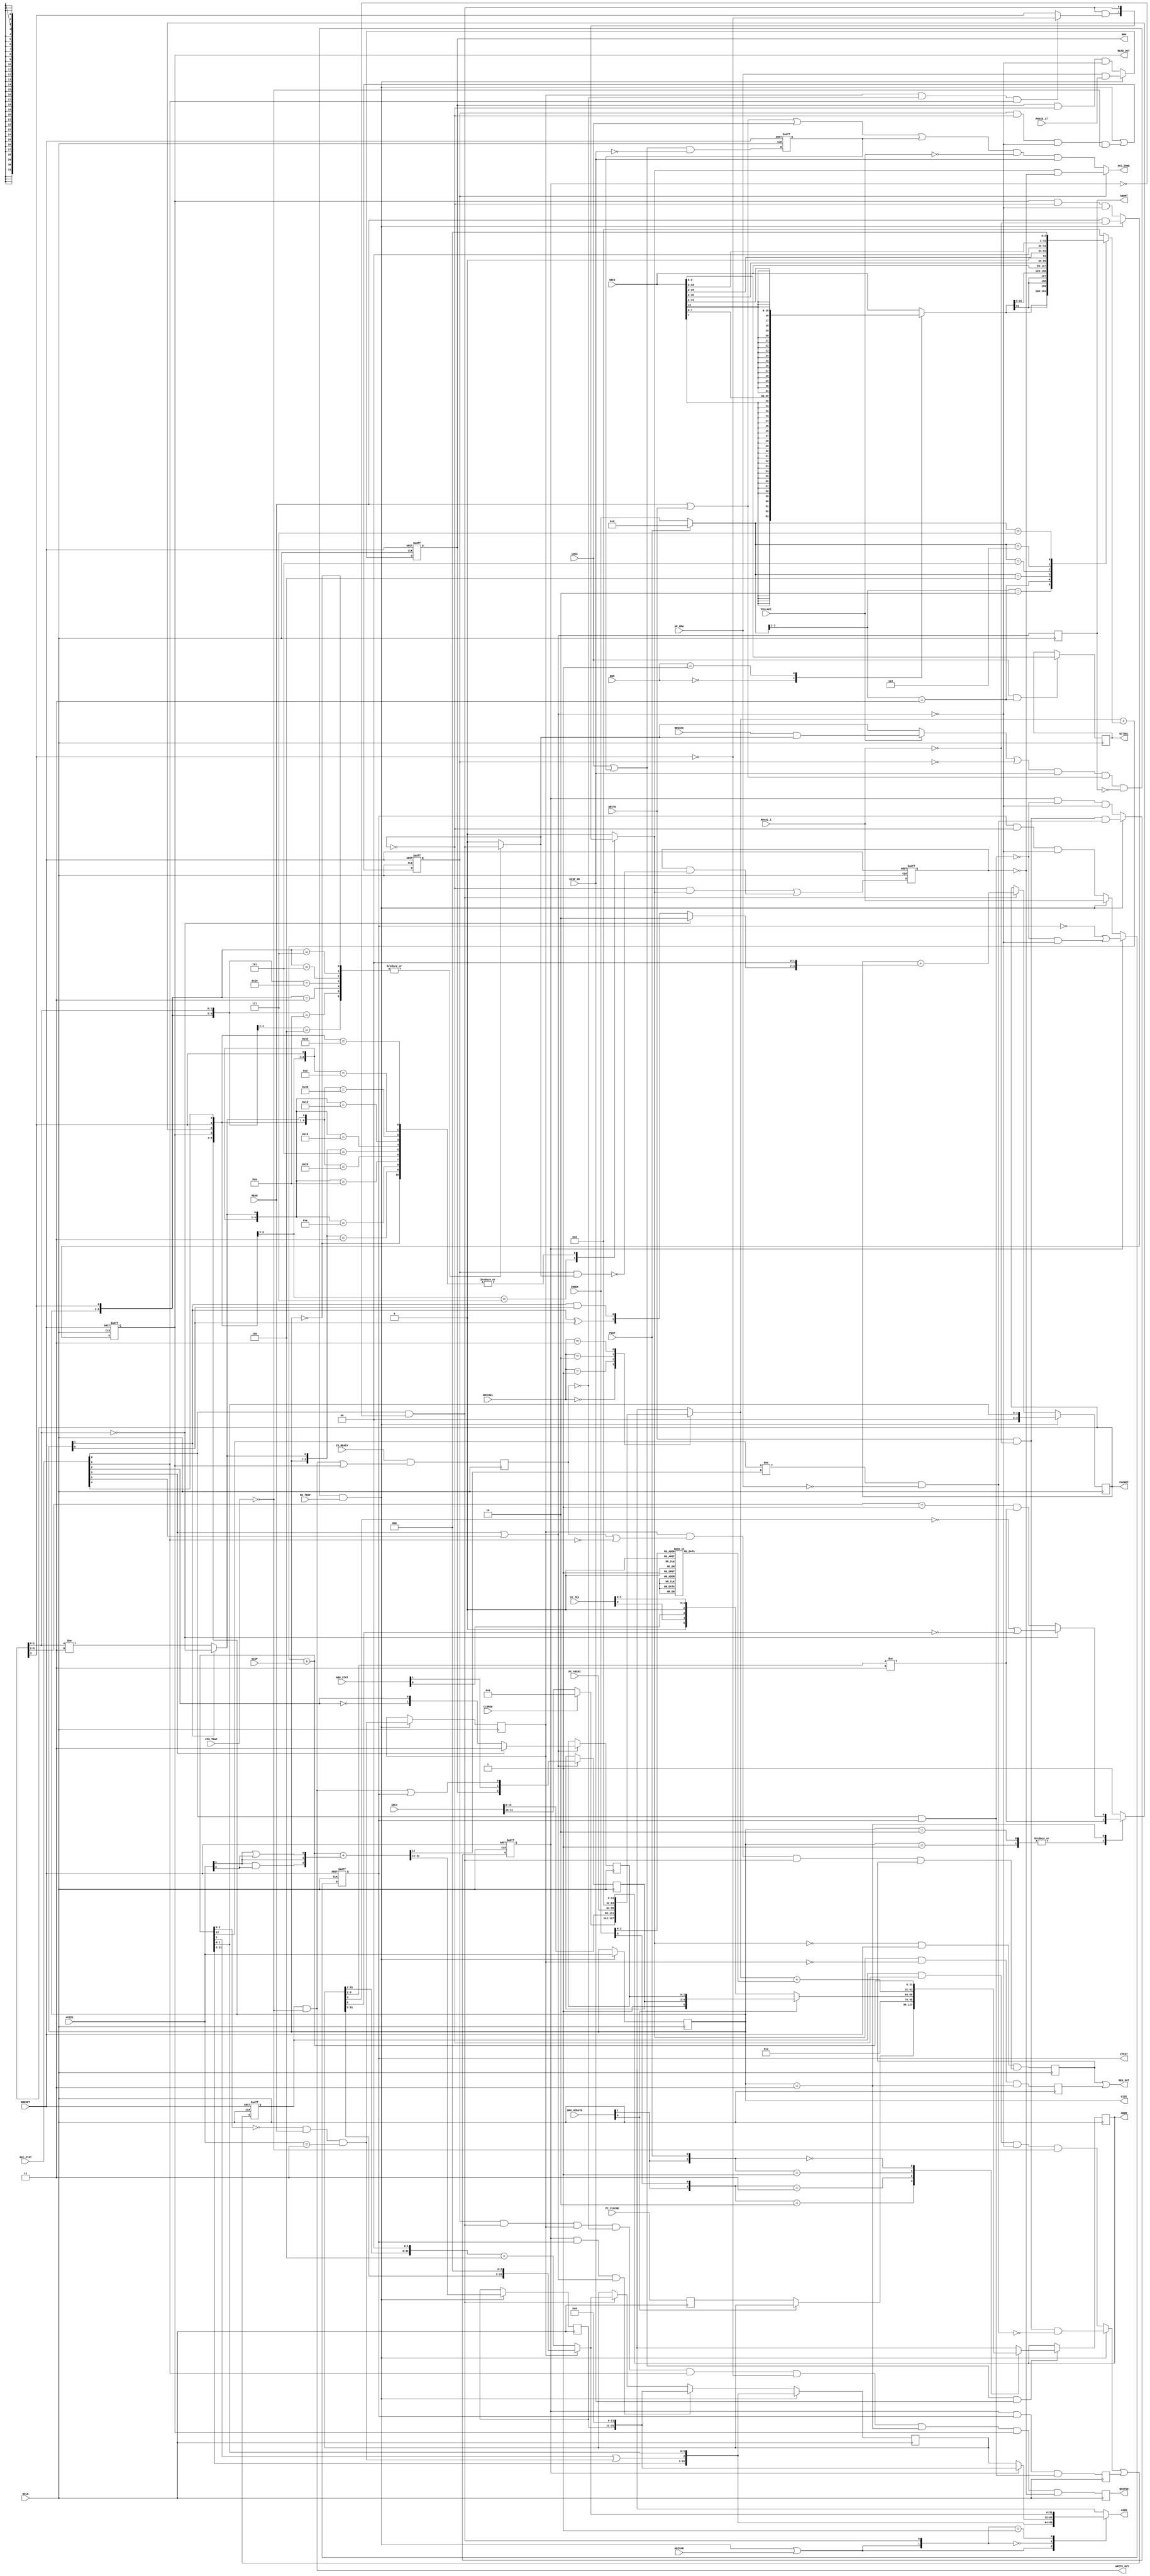
// +++++++++++++++++++++++++++++++++++++++++++++++++++++++++++++++++++++++++++++++++++++++++++++++++
//
// This file is part of the M32632 project
// http://opencores.org/project,m32632
//
//	Version:	2.0
//	History:	1.1 bug fix of 7 October 2015
//				1.0 first release of 30 Mai 2015
//
// Copyright (C) 2016 Udo Moeller
// 
// This source file may be used and distributed without 
// restriction provided that this copyright statement is not 
// removed from the file and that any derivative work contains 
// the original copyright notice and the associated disclaimer.
// 
// This source file is free software; you can redistribute it 
// and/or modify it under the terms of the GNU Lesser General 
// Public License as published by the Free Software Foundation;
// either version 2.1 of the License, or (at your option) any 
// later version. 
// 
// This source is distributed in the hope that it will be 
// useful, but WITHOUT ANY WARRANTY; without even the implied 
// warranty of MERCHANTABILITY or FITNESS FOR A PARTICULAR 
// PURPOSE. See the GNU Lesser General Public License for more 
// details. 
// 
// You should have received a copy of the GNU Lesser General 
// Public License along with this source; if not, download it 
// from http://www.opencores.org/lgpl.shtml 
// 
// +++++++++++++++++++++++++++++++++++++++++++++++++++++++++++++++++++++++++++++++++++++++++++++++++
//
//	Modules contained in this file:
//	ADDR_UNIT	generates data access addresses and controls data cache operation
//
// ++++++++++++++++++++++++++++++++++++++++++++++++++++++++++++++++++++++++++++++++++++++++++++++++++

module ADDR_UNIT ( BCLK, BRESET, READ, WRITE, LDEA, NEWACC, CLRMSW, POST, DISP_OK, FULLACC, SRC2SEL, INDEX, ASIZE, SRC1, SRC2, BWD,
				   DISP, PC_ARCHI, PC_ICACHE, IO_READY, ACC_STAT, MMU_UPDATE, IC_TEX, ABO_STAT, ADIVAR, RWVAL_1, OP_RMW, PHASE_17,
				   NO_TRAP, FPU_TRAP, READ_OUT, WRITE_OUT, ZTEST, RMW, VADR, ADDR, SIZE, PACKET, ACC_DONE, ABORT, REG_OUT, BITSEL,
				   QWATWO );

	input			BCLK,BRESET;
	input			READ,WRITE,LDEA;
	input			NEWACC;
	input			CLRMSW,POST,FULLACC;
	input	 [1:0]	SRC2SEL;
	input	 [3:0]	INDEX;
	input	 [1:0]	ASIZE;
	input	[31:0]	SRC1,SRC2;
	input	 [1:0]	BWD;
	input	[31:0]	DISP;
	input	[31:0]	PC_ARCHI,PC_ICACHE;
	input			DISP_OK;
	input			IO_READY;
	input	 [5:0]	ACC_STAT;	// Feedback from data cache about the running access
	input	 [1:0]	MMU_UPDATE;
	input	 [2:0]	IC_TEX;
	input	 [1:0]	ABO_STAT;
	input			ADIVAR;
	input			RWVAL_1;	// special access for RDVAL + WRVAL
	input			OP_RMW;
	input			PHASE_17;
	input			NO_TRAP;
	input			FPU_TRAP;
	
	output			READ_OUT,WRITE_OUT,ZTEST,RMW;
	output	[31:0]	VADR;
	output	[31:0]	ADDR;
	output	 [1:0]	SIZE;
	output	 [3:0]	PACKET;
	output			ACC_DONE;
	output			ABORT;
	output			REG_OUT;
	output	 [2:0]	BITSEL;
	output	reg		QWATWO;
	
	reg		[31:0]	VADR;
	reg				READ_OUT,write_reg,ZTEST,RMW;
	reg		 [1:0]	SIZE;
	reg		 [3:0]	PACKET;
	reg		 [2:0]	BITSEL;
	reg		[31:0]	source2;
	reg		[31:0]	index_val;
	reg		[31:0]	vadr_reg;
	reg		[31:0]	ea_reg;
	reg		[31:0]	tos_offset;
	reg		[31:0]	icache_adr;
	reg		[31:0]	sign_ext_src1;
	reg	   [31:12]	pg_areg;
	reg				reg_out_i,next_reg;
	reg				ld_ea_reg;
	reg				acc_run,acc_ende,acc_step;
	reg				qwa_flag;
	reg				no_done;
	reg				frueh_ok;
	reg				io_rdy;
	reg				ABORT;
	reg		 [1:0]	tex_feld;
	reg		 [2:0]	u_ddt;
	reg				pg_op;
	reg				do_wr;
	
	wire			acc_ok,acc_err,io_acc;
	wire			acc_pass;
	wire			ca_hit;
	wire	[31:0]	reg_adder;
	wire	[31:0]	next_vadr;
	wire	[31:0]	final_addr;
	wire	[31:0]	pg_addr;
	wire	 [1:0]	inc_pack;
	wire	 [3:0]	index_sel;
	wire			ld_ea_i;
	wire			ea_ok;
	wire			qw_align;
	wire			init_acc;
	wire			in_page;
	wire			all_ok;
	wire			fa_out;
	wire			pg_test;

	// ++++++++++++++++++++  Decoding ACC_STAT from data cache  ++++++++++++++++++++++++++++
	
	// ACC_STAT[5:0] : CA_HIT, IO_ACC, PROT_ERROR , ABO_LEVEL1 , ABORT , ACC_OK
	
	assign ca_hit	= ACC_STAT[5];
	assign io_acc   = ACC_STAT[4];
	assign acc_err  = ACC_STAT[3] | ACC_STAT[1];	// Abort or Protection Error
	assign acc_ok   = ACC_STAT[0] & ~pg_op;
	assign acc_pass = ACC_STAT[0] & ZTEST;
	
	always @(posedge BCLK) ABORT <= acc_err;	// Signal to Steuerung - only a pulse
	
	always @(posedge BCLK) if (acc_err) tex_feld <= ACC_STAT[3] ? 2'b11 : {~ACC_STAT[2],ACC_STAT[2]};	// for MSR
	always @(posedge BCLK) if (acc_err) u_ddt 	 <= {RMW,ABO_STAT[1],(WRITE_OUT | ZTEST)};
	
	// ++++++++++++++++++++++++++++++++++++++++++++++++++++++++++++++++++++++++++++++++++
	
	always @(SRC2SEL or CLRMSW or SRC2 or PC_ARCHI or ea_reg)
		case (SRC2SEL)
		  2'b00 : source2 = {(CLRMSW ? 16'h0000 : SRC2[31:16]),SRC2[15:0]};	// base reg, External Addressing with MOD 
		  2'b01 : source2 = PC_ARCHI;		// PC relative
		  2'b10 : source2 = 32'h0;			// Absolute Addressing
		  2'b11 : source2 = ea_reg;			// REUSE : 2. TOS
		endcase
	
	assign index_sel = POST ? 4'h0 : INDEX;	// Alternative application of Index for POST Adder : POP from Stack
	
	always @(BWD or SRC1)
		casex (BWD)
			2'b00 : sign_ext_src1 = {{24{SRC1[7]}}, SRC1[7:0]};		// Byte
			2'b01 : sign_ext_src1 = {{16{SRC1[15]}},SRC1[15:0]};	// Word
		  default : sign_ext_src1 = SRC1;
		endcase
		
	always @(index_sel or sign_ext_src1 or SRC1)
		casex (index_sel)
		  4'b1_0xx : index_val = sign_ext_src1;	// fr CASE
		  4'b1_1xx : index_val = {{ 3{sign_ext_src1[31]}},sign_ext_src1[31:3]};	// for Bit Opcodes
		  4'b0_100 : index_val = SRC1;
		  4'b0_101 : index_val = {SRC1[30:0],1'b0};
		  4'b0_110 : index_val = {SRC1[29:0],2'b00};
		  4'b0_111 : index_val = {SRC1[28:0],3'b000};
		  default  : index_val = 32'h0;
		endcase
		
	assign reg_adder = source2 + index_val;	// SRC2 allows simple MOV with SRC1
	
	assign final_addr = reg_adder + DISP;	// That's the final access address
	
	always @(posedge BCLK) if (LDEA && (index_sel[3:2] == 2'b11)) BITSEL <= SRC1[2:0];	// for Bit Opcodes in I_PFAD
		
	always @(INDEX)	// SP POP Operation & String Backward
		case (INDEX[2:0])
		  3'b000 : tos_offset = 32'h0000_0001;
		  3'b001 : tos_offset = 32'h0000_0002;
		  3'b010 : tos_offset = 32'h0000_0004;
		  3'b011 : tos_offset = 32'h0000_0008;
		  3'b100 : tos_offset = 32'hFFFF_FFFF;
		  3'b101 : tos_offset = 32'hFFFF_FFFE;
		  3'b110 : tos_offset = 32'hFFFF_FFFC;
		  3'b111 : tos_offset = 32'hFFFF_FFF8;
		endcase
		
	always @(posedge BCLK or negedge BRESET)
		if (!BRESET) ld_ea_reg <= 1'b0;
		  else ld_ea_reg <= (LDEA | ld_ea_reg) & ~DISP_OK;
				
	assign ld_ea_i = (LDEA | ld_ea_reg) & DISP_OK;
		
	assign ea_ok = (READ | WRITE | LDEA | ld_ea_reg) & ~FULLACC & DISP_OK;
	
	always @(posedge BCLK) icache_adr <= PC_ICACHE;
	
	// Memory for the calculated address for reuse and Register for POST modified addresses : 
	always @(posedge BCLK)
		if (ld_ea_i)
		  begin
			casex ({MMU_UPDATE[1],INDEX[0],POST})
			  3'b10x : ea_reg <= MMU_UPDATE[0] ? vadr_reg : icache_adr;		// TEAR
			  3'b11x : ea_reg <= MMU_UPDATE[0] ?
								  {24'h0000_00,3'b101,		u_ddt,			 tex_feld}		// MSR
								: {24'h0000_00,3'b100,IC_TEX[2],ABO_STAT[0],1'b0,IC_TEX[1:0]};	// only READ from ICACHE
			  3'b0x1 : ea_reg <= source2 + tos_offset ;
			  3'b0x0 : ea_reg <= final_addr;
			endcase
		  end
	
	assign ADDR = ea_reg;	// used for ADDR opcode and TOS Addressing
	
	// This pulse stores all parameters of access
	assign init_acc = ((FULLACC ? (NEWACC & acc_ende) : acc_ende) | ~acc_run) & DISP_OK & (READ | WRITE) & ~ABORT & NO_TRAP;

	assign fa_out = init_acc | ADIVAR;	// special case for LMR IVAR,...
	
	always @(fa_out or acc_ok or final_addr or qw_align or pg_op or pg_areg or vadr_reg or next_vadr)
		casex ({fa_out,acc_ok})		
		  2'b1x : VADR = {final_addr[31:3],(final_addr[2] | qw_align),final_addr[1:0]};
		  2'b00 : VADR = pg_op ? {pg_areg,12'h0} : vadr_reg;
		  2'b01 : VADR = next_vadr;
		endcase

	always @(posedge BCLK)
		if (init_acc) vadr_reg <= {final_addr[31:3],(final_addr[2] | qw_align),final_addr[1:0]};
		  else
			if (pg_op && ZTEST && acc_err) vadr_reg <= {pg_areg,12'h0};	// for TEAR !
			  else
				if (acc_ok) vadr_reg <= next_vadr;
			
	assign next_vadr = qwa_flag ? {vadr_reg[31:3],3'b000} : ({vadr_reg[31:2],2'b00} + 32'h0000_0004);
	
	// Logic for Page border WRITE Test
	assign pg_addr = final_addr + {29'h0,(ASIZE[1] & ASIZE[0]),ASIZE[1],(ASIZE[1] | ASIZE[0])};
	always @(posedge BCLK) if (init_acc) pg_areg <= pg_addr[31:12];
	assign pg_test = (final_addr[12] != pg_addr[12]) & ~OP_RMW;	// At RMW no Test necessary
	
	always @(posedge BCLK or negedge BRESET)
		if (!BRESET) pg_op <= 1'b0;
		  else
			pg_op <= init_acc ? (WRITE & ~RWVAL_1 & pg_test) : (pg_op & ~acc_pass & ~acc_err);
			
	always @(posedge BCLK) do_wr <= pg_op & ZTEST & acc_pass;	// All ok, Page exists => continue
				
	always @(posedge BCLK or negedge BRESET)
		if (!BRESET) READ_OUT <= 1'b0;
		  else
			READ_OUT  <= init_acc ? (READ & ~RWVAL_1) : (READ_OUT  & ~acc_ende & ~acc_err);	
			
	always @(posedge BCLK or negedge BRESET)
		if (!BRESET) write_reg <= 1'b0;
		  else														 
			write_reg <= (init_acc ? (WRITE & ~RWVAL_1 & ~pg_test) : (write_reg & ~acc_ende & ~acc_err & ~FPU_TRAP)) | do_wr;
						 
	assign WRITE_OUT = write_reg & ~FPU_TRAP;

	// Special case for RDVAL and WRVAL
	always @(posedge BCLK or negedge BRESET)
		if (!BRESET) ZTEST <= 1'b0;
		  else
			ZTEST <= pg_op ? (~ZTEST | (~acc_pass & ~acc_err)) : (init_acc ? RWVAL_1  : (ZTEST  & ~acc_ende & ~acc_err));
			
	always @(posedge BCLK or negedge BRESET)
		if (!BRESET) RMW <= 1'b0;
		  else
			RMW <= init_acc ? (OP_RMW & PHASE_17) : (RMW  & ~acc_ende & ~acc_err);
			
	// Special case : first MSD access by aligned QWORD READ
	assign qw_align = (final_addr[2:0] == 3'b000) & READ & (ASIZE == 2'b11);
	
	always @(posedge BCLK) if (init_acc) qwa_flag <= qw_align;
	
	always @(posedge BCLK or negedge BRESET)	// central flag that shows the ADDR_UNIT is busy
		if (!BRESET) acc_run <= 1'b0;
		  else
			acc_run <= init_acc | (acc_run & ~acc_ende & ~acc_err & ~FPU_TRAP);
	
	always @(posedge BCLK) if (init_acc) SIZE <= ASIZE;

	assign inc_pack = (PACKET[1:0] == 2'b00) ? 2'b10 : {(SIZE[1] ^ SIZE[0]),(SIZE[1] & SIZE[0])};
	
	// Counter for data packets 1 to 3 : special case aligned QWORD : only 2 packets. Additionally start address in bits 1 und 0.
	// special coding (00) -> [01] -> (10) , [01] optional by QWORD and (10) shows always the end
	always @(posedge BCLK)
		if (init_acc) PACKET <= {2'b00,final_addr[1:0]};
		  else
			if (acc_ok) PACKET <= PACKET + {inc_pack,2'b00};
	
	// This signal is the End signal for the ADDR_UNIT internally.
	always @(SIZE or PACKET or acc_ok)
		casex ({SIZE,PACKET[3],PACKET[1:0]})
		  5'b00_x_xx : acc_ende = acc_ok;	// Byte
		  5'b01_0_0x : acc_ende = acc_ok;	// Word		1 packet
		  5'b01_0_10 : acc_ende = acc_ok;	//			1 packet
		  5'b01_1_xx : acc_ende = acc_ok;	//			2 packets
		  5'b10_0_00 : acc_ende = acc_ok;	// DWord	1 packet
		  5'b10_1_xx : acc_ende = acc_ok;	//			2 packets
		  5'b11_1_xx : acc_ende = acc_ok;	// QWord	at least 2 packets
		  default    : acc_ende = 1'b0;
		endcase
		
	assign in_page = (vadr_reg[11:3] != 9'h1FF);	// Access inside a page ? During WRITE address is increasing : 1. LSD 2. MSD
	
	always @(SIZE or vadr_reg or in_page or PACKET)
		casex (SIZE)
		  2'b01 : frueh_ok = (vadr_reg[3:2] != 2'b11);	//Word
		  2'b10 : frueh_ok = (vadr_reg[3:2] != 2'b11);	//DWord
		  2'b11 : frueh_ok = (PACKET[1:0] == 2'b00) ? (~vadr_reg[3] | ~vadr_reg[2]) : ((PACKET[3:2] == 2'b01) & (vadr_reg[3:2] != 2'b11));
		default : frueh_ok = 1'b1;						// Byte don't case
		endcase
		  
	assign all_ok = SIZE[1] ? (PACKET[1:0] == 2'b00) : (PACKET[1:0] != 2'b11);	// for DWord : Word
	
	always @(SIZE or READ_OUT or frueh_ok or PACKET or all_ok or io_acc or acc_ok or qwa_flag or io_rdy or ca_hit)
		casex ({SIZE,READ_OUT,frueh_ok,PACKET[3],io_acc,all_ok})
		  7'b00_xxxx_x : acc_step = acc_ok;	// Byte, all ok
		//
		  7'b01_xxxx_1 : acc_step = acc_ok;	// Word : 	aligned access , only 1 packet
		  7'b01_1x1x_0 : acc_step = acc_ok;	//			READ must wait for all data
		  7'b01_0x1x_0 : acc_step = acc_ok;	//			WRITE Adr. ist not perfect and waits for last packet
		  7'b01_0100_0 : acc_step = acc_ok;	//			WRITE Adr. perfect - acc_step after 1. packet
		//
		  7'b10_xxxx_1 : acc_step = acc_ok;	// DWord : 	aligned access , only 1 packet
		  7'b10_1x1x_0 : acc_step = acc_ok;	//			READ must wait for all data
		  7'b10_0x1x_0 : acc_step = acc_ok;	//			WRITE Adr. ist not perfect and waits for last packet
		  7'b10_0100_0 : acc_step = acc_ok;	//			WRITE Adr. perfect - acc_step after 1. packet
		// fast QWord READ : there would be a 2. acc_step if not ~PACK... 
		  7'b11_1xxx_x : acc_step = acc_ok & ( (qwa_flag & ~io_rdy & ca_hit) ? ~PACKET[3] : PACKET[3] );
		  7'b11_0x1x_x : acc_step = acc_ok;
		  7'b11_0100_x : acc_step = acc_ok;	//			WRITE Adr. perfect - acc_step after 1. packet if not io_acc
		  default      : acc_step = 1'b0;
		endcase
	
	// There is a 2. acc_step if packet (10) - this must be suppressed
	always @(posedge BCLK or negedge BRESET)
		if (!BRESET) no_done <= 1'b0;
		  else no_done <= (~acc_ende & acc_step) | (no_done & ~(acc_run & acc_ende));
		  
	// The final DONE Multiplexer
	assign ACC_DONE = acc_run ? (acc_step & ~no_done) : ea_ok;

	// Bugfix of 7.October 2015
	always @(posedge BCLK) QWATWO <= acc_run & acc_ok & qwa_flag & ~io_rdy & ca_hit & ~PACKET[3] & (SIZE == 2'b11) & READ_OUT & ~no_done;

	always @(posedge BCLK) reg_out_i <= ~acc_step & BRESET & ((qwa_flag & (io_rdy | ~ca_hit) & acc_ok) | reg_out_i);
	
	always @(posedge BCLK) io_rdy  <= IO_READY & (WRITE_OUT | READ_OUT);
	
	always @(posedge BCLK) next_reg <= (acc_step & ~qwa_flag) & (SIZE == 2'b11);
	assign REG_OUT = reg_out_i | next_reg;
	
endmodule